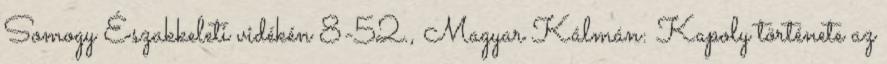
Somogy Északkeleti vidékén 8-52., Magyar Kálmán: Kapoly története az